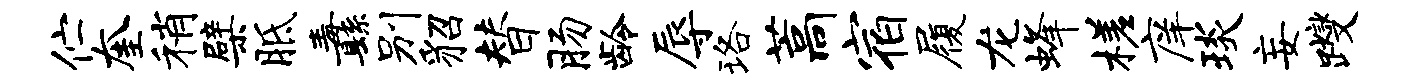
伫奎稍檗胝纛别貂替肠龄辱珞藁宿履龙蜂槎庠琰妄躞